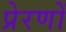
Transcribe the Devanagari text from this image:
प्रेरणों